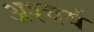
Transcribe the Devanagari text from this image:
अश्चर्य